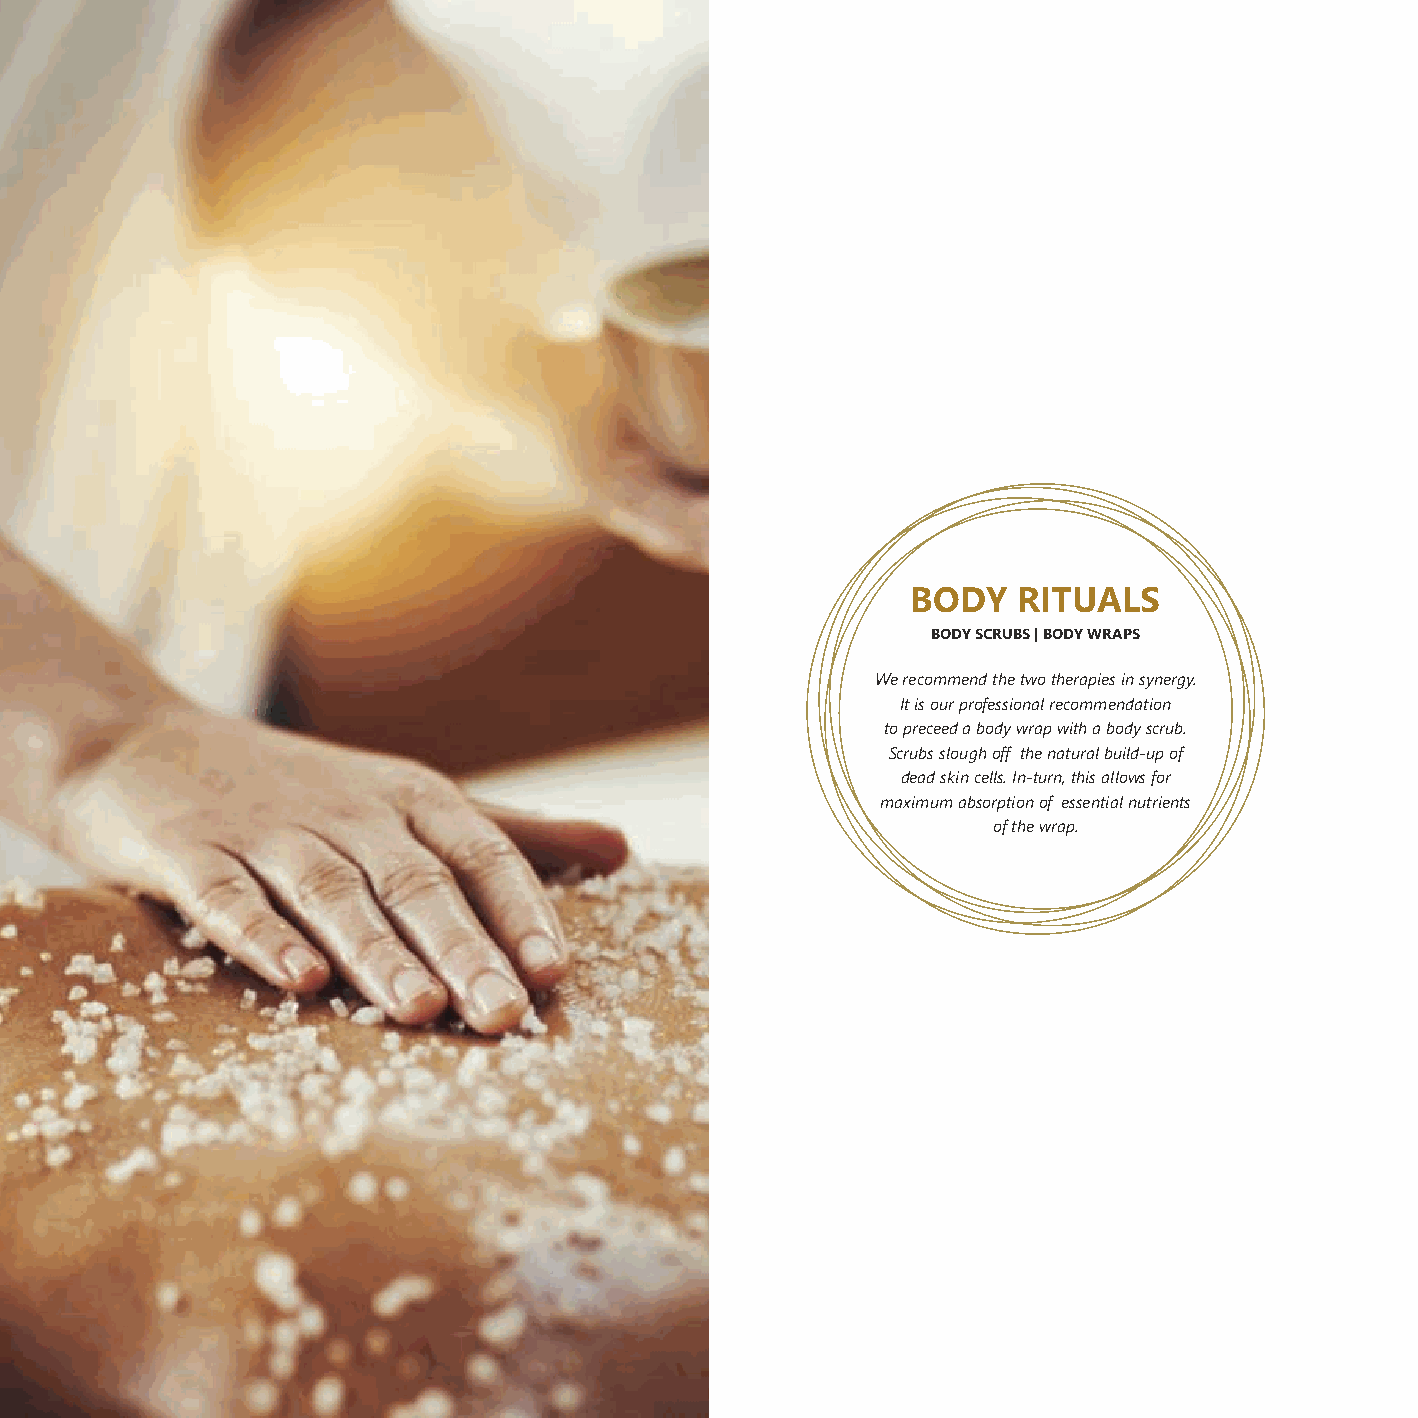
BODY   RITUALS
 BODY SCRUBS | BODY WRAPS
 We recommend the two therapies in synergy.
 It is our professional recommendation
 to preceed a body wrap with a body scrub.
 Scrubs slough off the natural build-up of
 dead skin cells. In-turn, this allows for
 maximum absorption of essential nutrients
 of the wrap.